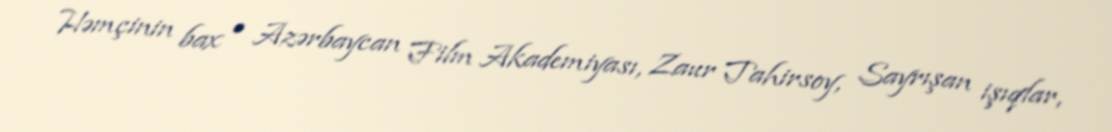
Həmçinin bax • Azərbaycan Film Akademiyası, Zaur Tahirsoy, Sayrışan işıqlar,